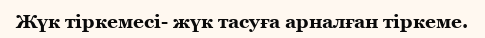
Жүк тіркемесі- жүк тасуға арналған тіркеме.